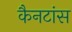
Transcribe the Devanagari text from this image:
कैनटांस